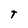
Character: T